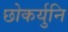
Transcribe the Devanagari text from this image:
छोकर्युनि